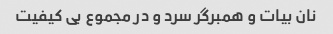
نان بیات و همبرگر سرد و در مجموع بی کیفیت